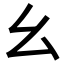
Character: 幺